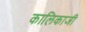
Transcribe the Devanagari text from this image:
कालिकाजी